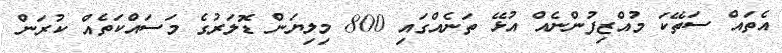
އެތައް ސަތޭކަ މުއްޒިފުންނެއް އުޅޭ ތަނެއްގައި 800 މިލިޔަން ޑޮލަރުގެ މަސައްކަތެއް ކުރަން